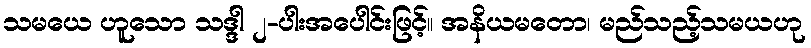
သမယေ ဟူသော သဒ္ဒါ ၂-ပါးအပေါင်းဖြင့်။ အနိယမတော၊ မည်သည့်သမယဟု